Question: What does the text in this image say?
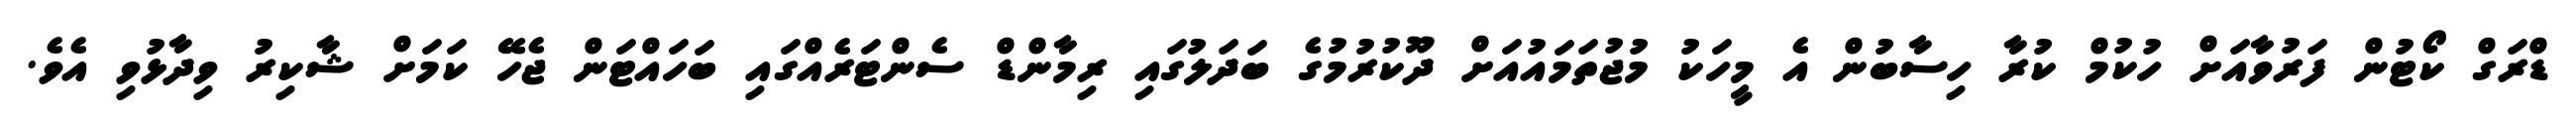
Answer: ޑްރަގް ކޯޓުން ފަރުވާއަށް ހުކުމް ކުރާ ހިސާބުން އެ މީހަކު މުޖުތަމައުއަށް ދޫކުރުމުގެ ބަދަލުގައި ރިމާންޑް ސެންޓަރެއްގައި ބަހައްޓަން ޖެހޭ ކަމަށް ޝާކިރު ވިދާޅުވި އެވެ.